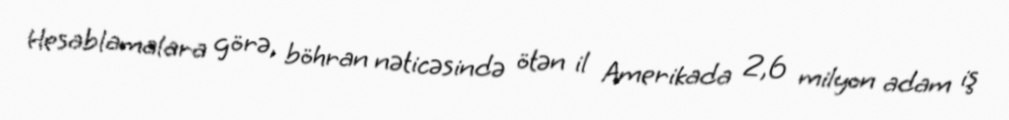
Hesablamalara görə, böhran nəticəsində ötən il Amerikada 2,6 milyon adam iş